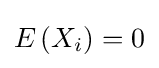
\textstyle E\left(X_{i}\right)=0